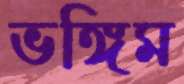
ভঙ্গিম